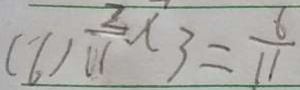
( 6 ) \frac { 2 } { 1 1 } \times 3 = \frac { 6 } { 1 1 }